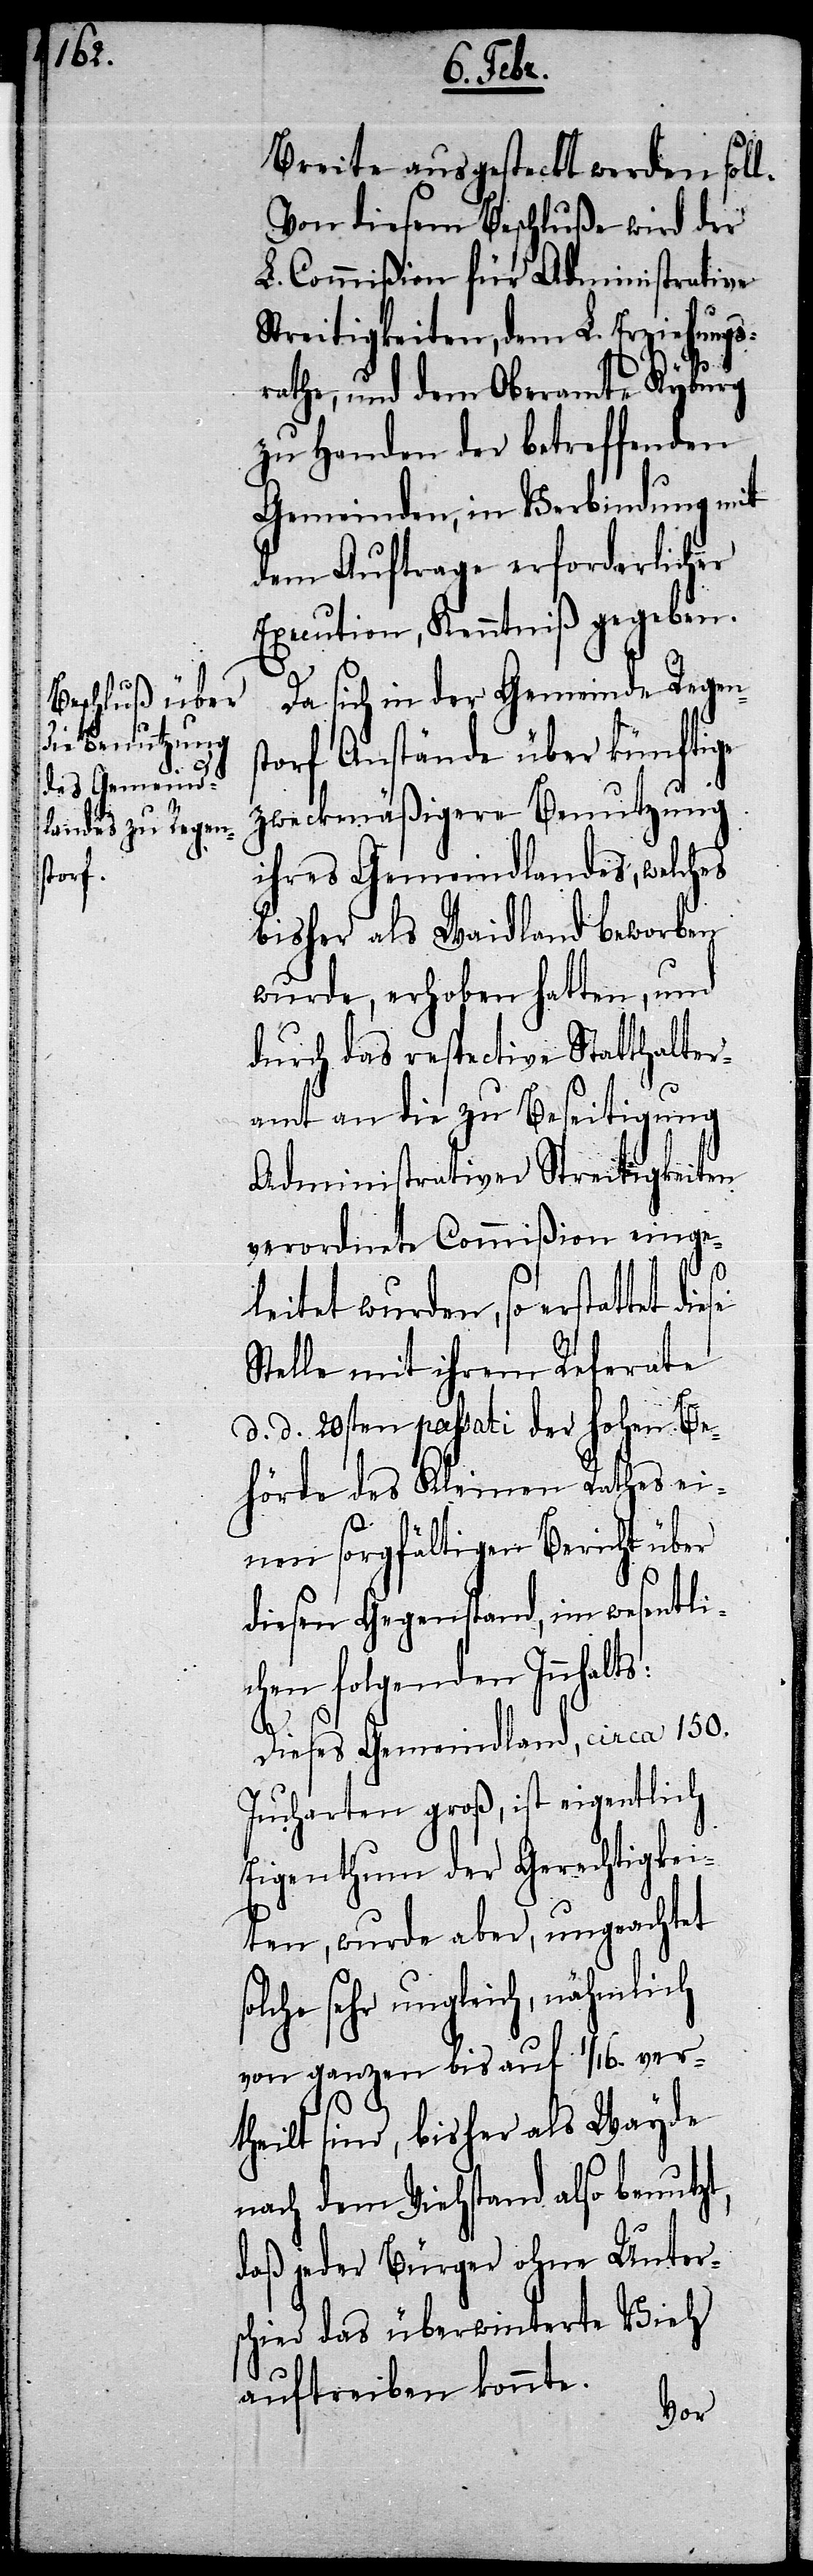
Breite ausgesteckt werden soll.
Von diesem Beschluße wird der
L. Commißion für Administrative
Streitigkeiten, dem L. Erziehungs¬
rathe, und dem Oberamte Kyburg
zu Handen der betreffenden
Gemeinden, in Verbindung mit
dem Auftrage erforderlicher
Execution, Kenntniß gegeben.
Da sich in der Gemeinde Regen¬
torf Anstände über künftige
zweckmäßigere Benutzung
ihres Gemeindlandes, welches
bisher als Waidland beworben
wurde, erhoben hatten, und
durch das respective Statthalter¬
amt an die zu Beseitigung
Administrativer Streitigkeiten
verordnete Commißion einge¬
leitet wurden, so erstattet
Stelle mit ihrem Referate
diese
d. d. 20sten passati der hohen Be¬
hörde des Kleinen Rathes ei¬
nen sorgfältigen Bericht über
diesen Gegenstand, im wesentli¬
chen folgenden Inhalts:
Dieses Gemeindland, circa 150.
Jucharten groß, ist eigentlich
Eigenthum der Gerechtigkei¬
ten, wurde aber, ungeachtet
solche sehr ungleich, nähmlich
von ganzen bis auf 1/16. ver¬
theilt sind, bisher als Wayde
nach dem Viehstand also benutzt,
daß jeder Bürger ohne Unter¬
schied das überwinterte Vieh
auftreiben konnte.